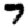
Digit: 7